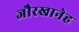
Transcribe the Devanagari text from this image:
जौरखानेह